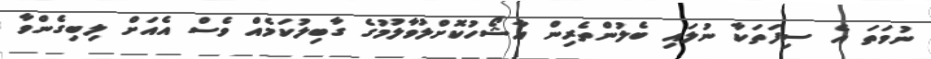
ނުވަތަ އެ ސިފަތަކާ ނުލައި ބެލުންތެރިން އާޝޯހުކޮށްލުވާލުމުގެ ގާބިލުކަމެއް ވެސް އެއަށް ލިބިގެންވާ